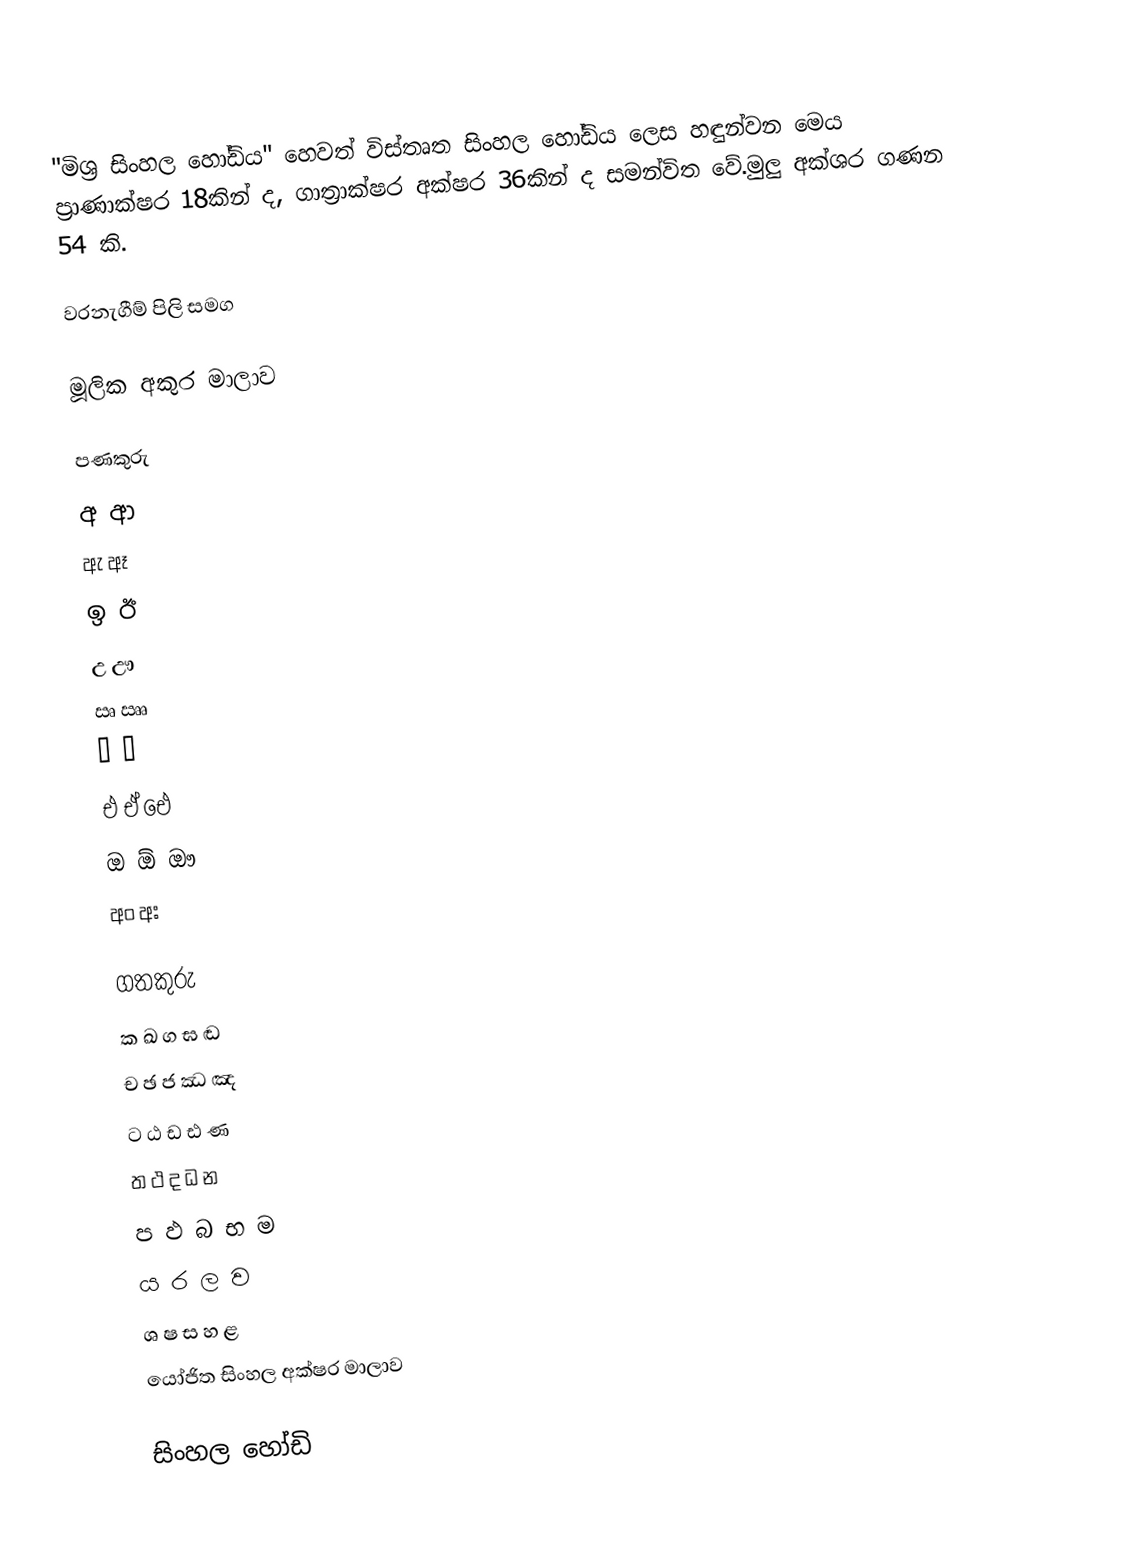
"මිශ්‍ර සිංහල හෝඩිය" හෙවත් විස්තෘත සිංහල හෝඩිය ලෙස හඳුන්වන මෙය ප්‍රාණාක්ෂර  18කින් ද, ගාත්‍රාක්ෂර අක්ෂර  36කින් ද සමන්විත වේ.මුලු අක්ශර ගණන 54 කි.

වරනැගීම් පිලි සමග

මූලික අකුර මාලාව

පණකුරු
අ ආ
ඇ ඈ
ඉ ඊ
උ ඌ
ඍ ඎ
ඏ ඐ
එ ඒ ඓ
ඔ ඕ ඖ
අං අඃ

ගතකුරු
ක ඛ ග ඝ ඬ
ච ඡ ජ ඣ ඤ
ට ඨ ඩ ඪ ණ
ත ථ ද ධ න
ප ඵ බ භ ම
ය ර ල ව
ශ ෂ ස හ ළ
 යෝජිත සිංහල අක්ෂර මාලාව

සිංහල හෝඩි